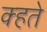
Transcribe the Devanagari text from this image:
क्हते